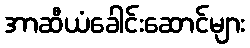
အာဆီယံခေါင်းဆောင်များ